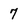
Character: 7